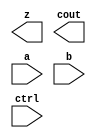
module yArith(z,cout, a,b,ctrl);
 // add if ctrl =0, sub if ctrl =1
 output [31:0] z;
 output cout;
 input [31:0] a,b;
 input ctrl;
 wire [31:0] notB,tmp;
 wire cin;
 
 // instantiate compnents and connect them
 // just 4 lines of code
endmodule